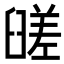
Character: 䑘